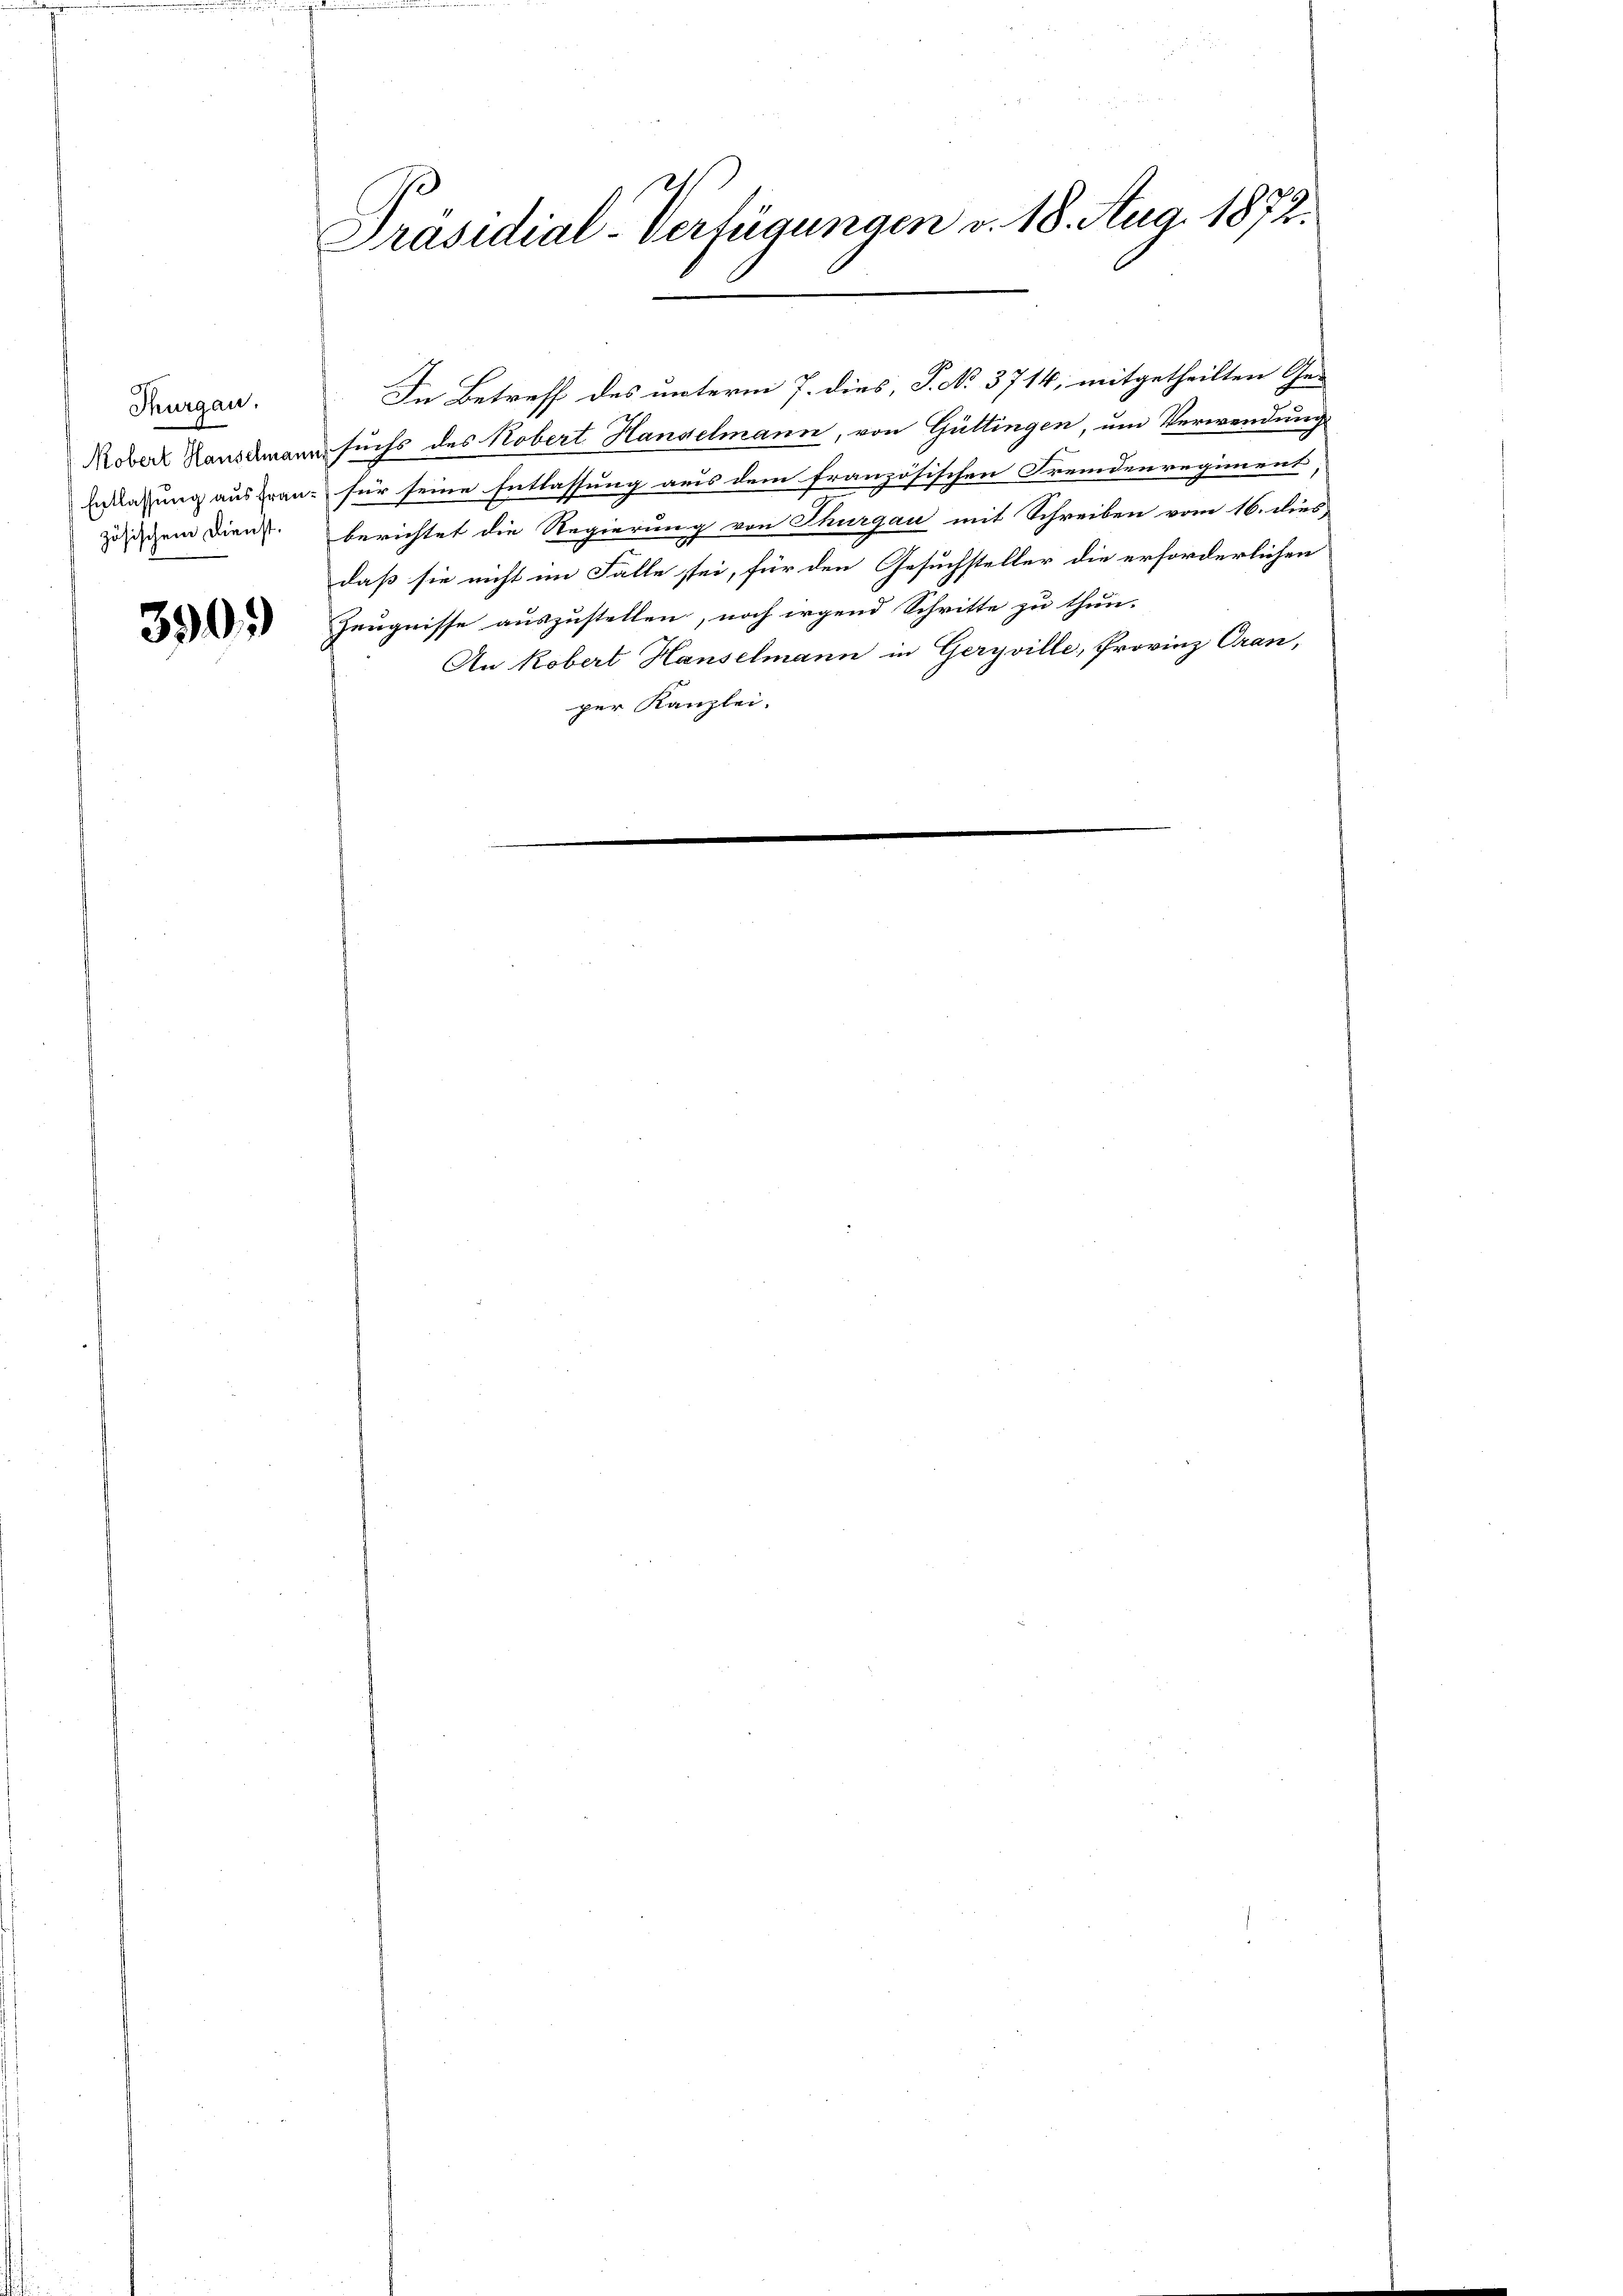
Thurgau.
zösischem Dienst.

390.)

1 f
Präsidial-Verfügungen v. 18. Aug. 1872.

In Betreff des unterm 7. dies, P. No. 3714, mitgetheilten Ge¬
Kober Hausmann suchs des Kobert Handelmann, von Güttingen, um Verwendung
Entlaßung aus Bran- für seine Entlassung aus dem französischen Fremdenregiment
berichtet die Regierung von Thurgau mit Schreiben vom 16. dies
daß sie nicht im Falle stei, für den Gesuchsteller die erforderlichen
Zeugnisse auszustellen, noch irgend Schritte zu thun.
An Kobert Hauselmann in Geryville, Provinz Oran,
per Kanzlei.
e